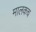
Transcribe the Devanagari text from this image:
मालकच